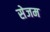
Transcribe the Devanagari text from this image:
सेजम